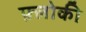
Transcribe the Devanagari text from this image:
फ़्लोकी